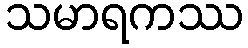
သမာရကဿ